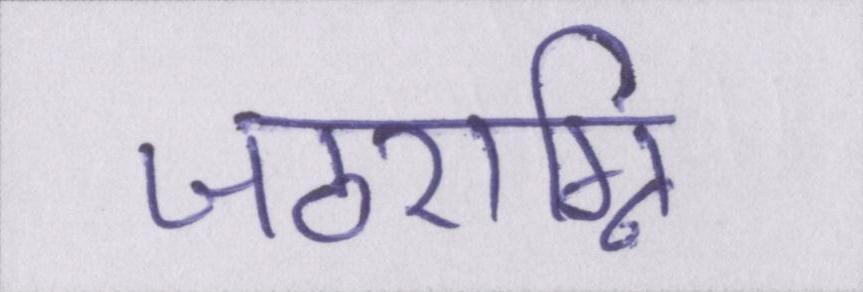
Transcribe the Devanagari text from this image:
जठराग्नि